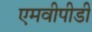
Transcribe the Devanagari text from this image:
एमवीपीडी